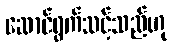
ဆောင်ရွက်သင့်သည်ဟု